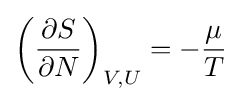
\left({\partial S \over \partial N}\right)_{V,U}=-{\mu  \over T}